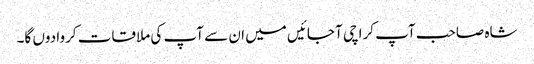
شاہ صاحب آپ کراچی آ جائیں میں ان سے آپ کی ملاقات کروا دوں گا۔